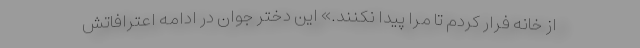
از خانه فرار کردم تا مرا پیدا نکنند.» این دختر جوان در ادامه اعترافاتش